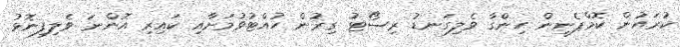
ކުރައުން ކޮމްޕެނީން ހިންގާ ވެލިގަނޑު ރިސޯޓު ގިރުން ހުއްޓުވުމަށާއި ކައިރި އޮންނަ ވެލިފިނޮޅު